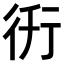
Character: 𧗤